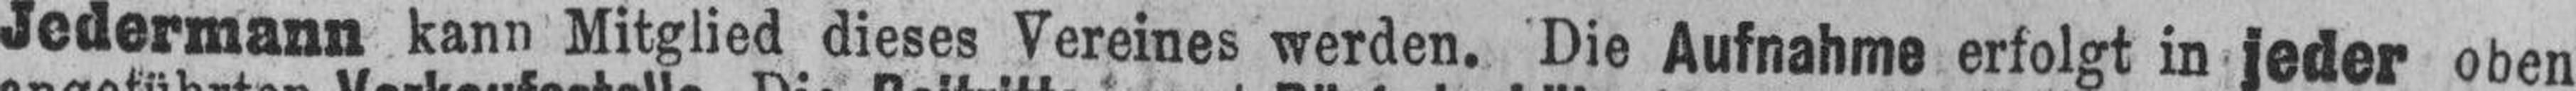
Jedermann kann Mitglied dieses Vereines werden. Die Aufnahme erfolgt in jeder oben